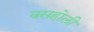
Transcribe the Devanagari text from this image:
बसहोली